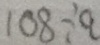
1 0 8 \div a